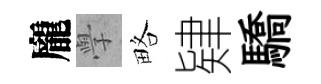
龐𭓕略肄驕